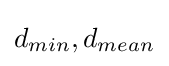
d_{min},d_{mean}